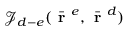
\mathcal { J } _ { d - e } ( \bar { \textbf { r } } ^ { e } , \bar { \textbf { r } } ^ { d } )